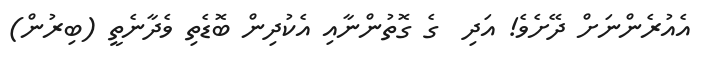
އެއުރެންނަށް ދޭށެވެ! އަދި  ގެ ގޮތުންނާއި އެކުދިން ބޮޑެތި ވެދާނެތީ (ބިރުން)